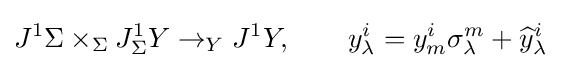
J^{1}\Sigma \times _{\Sigma }J_{\Sigma }^{1}Y\to _{Y}J^{1}Y,\qquad y_{\lambda }^{i}=y_{m}^{i}\sigma _{\lambda }^{m}+{\widehat {y}}_{\lambda }^{i}